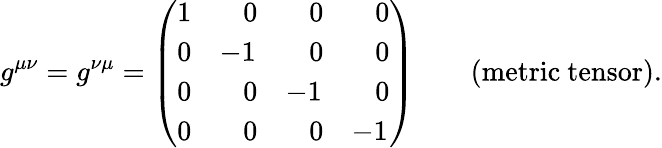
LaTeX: g^{\mu\nu}=g^{\nu\mu}=\left(\begin{array}{llll}{{1}}&{{\; \; \; 0}}&{{\; \; \; 0}}&{{\; \; \; 0}}\\ {{0}}&{{-1}}&{{\; \; \; 0}}&{{\; \; \; 0}}\\ {{0}}&{{\; \; \; 0}}&{{-1}}&{{\; \; \; 0}}\\ {{0}}&{{\; \; \; 0}}&{{\; \; \; 0}}&{{-1}}\end{array}\right)\qquad\mathrm{(metric~tensor).}